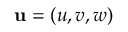
{ \bf { u } } = ( u , v , w )